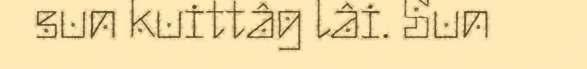
sun kuittâg lâi. Sun